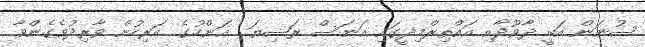
ސުނަން އަބީ ދާވޫދާއި އައްތިރްމިޛީގައި އަނަސް ރަޟިޔަ  ޢަންހުގެ އަރިހުން ވާރިދުވެގެންވާ